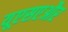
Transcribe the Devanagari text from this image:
यूएसएऔर